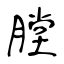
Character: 膛